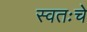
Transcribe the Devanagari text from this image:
स्वतःचे